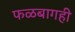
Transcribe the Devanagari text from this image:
फळबागही